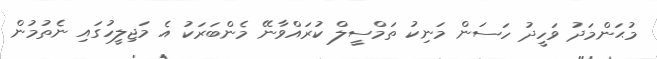
މުޙަންމަދު ވަހީދު ހަސަން މަނިކު ތަމްސީލް ކުރައްވާނޭ މެންބަރަކު އެ މަޖިލީހުގައި ނެތުމުން